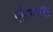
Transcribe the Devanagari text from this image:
पेलियन्स